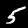
Label: 5